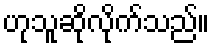
ဟုသူဆိုလိုက်သည်။